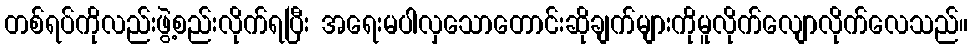
တစ်ရပ်ကိုလည်းဖွဲ့စည်းလိုက်ရပြီး အရေးမပါလှသောတောင်းဆိုချက်များကိုမူလိုက်လျောလိုက်လေသည်။